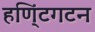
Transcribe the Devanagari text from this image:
हणि्ंटगटन